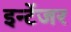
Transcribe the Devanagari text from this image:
इन्टेंजर